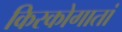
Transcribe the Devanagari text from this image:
किरकोगातां